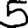
Digit: 5